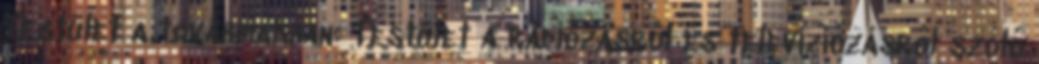
Testület a továbbiakban: Testület a rádiózásról és televíziózásról szóló